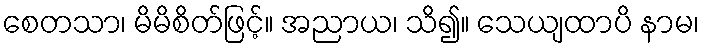
စေတသာ၊ မိမိစိတ်ဖြင့်။ အညာယ၊ သိ၍။ သေယျထာပိ နာမ၊